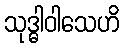
သုဒ္ဓါဝါသေဟိ